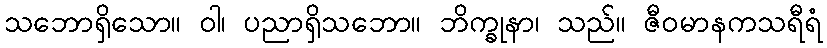
သဘောရှိသော။ ဝါ၊ ပညာရှိသဘော။ ဘိက္ခုနာ၊ သည်။ ဇီဝမာနကသရီရံ